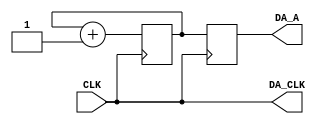
module DA(CLK, DA_CLK, DA_A);

   input CLK; 
   output DA_CLK; 
   output[8:0] DA_A; 
   reg[8:0] DA_A;

   reg[8:0] COUNT; 

   assign DA_CLK = CLK ;		//da

   always @(posedge CLK)
   begin
         COUNT <= COUNT + 1 ; 
         DA_A <= COUNT[8:0] ;  
   end 
endmodule